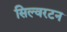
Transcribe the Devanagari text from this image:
सिल्वरटन